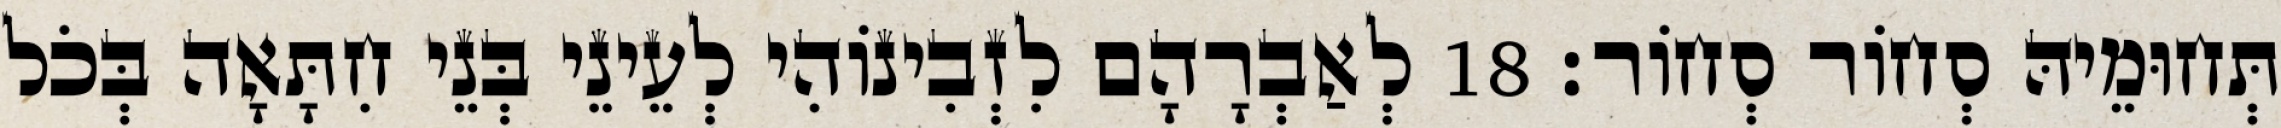
תְּחוּמֵיהּ סְחוֹר סְחוֹר׃ 18 לְאַבְרָהָם לִזְבִינוֹהִי לְעֵינֵי בְּנֵי חִתָּאָה בְּכֹל